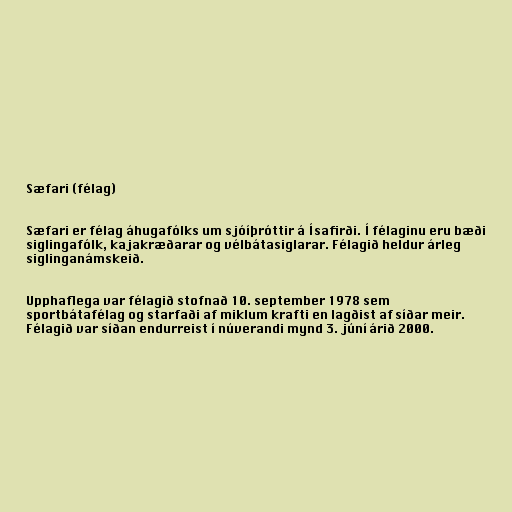
Sæfari (félag)

Sæfari er félag áhugafólks um sjóíþróttir á Ísafirði. Í félaginu eru bæði
siglingafólk, kajakræðarar og vélbátasiglarar. Félagið heldur árleg
siglinganámskeið.

Upphaflega var félagið stofnað 10. september 1978 sem
sportbátafélag og starfaði af miklum krafti en lagðist af síðar meir.
Félagið var síðan endurreist í núverandi mynd 3. júní árið 2000.